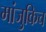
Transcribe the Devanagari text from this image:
मांजुकिच